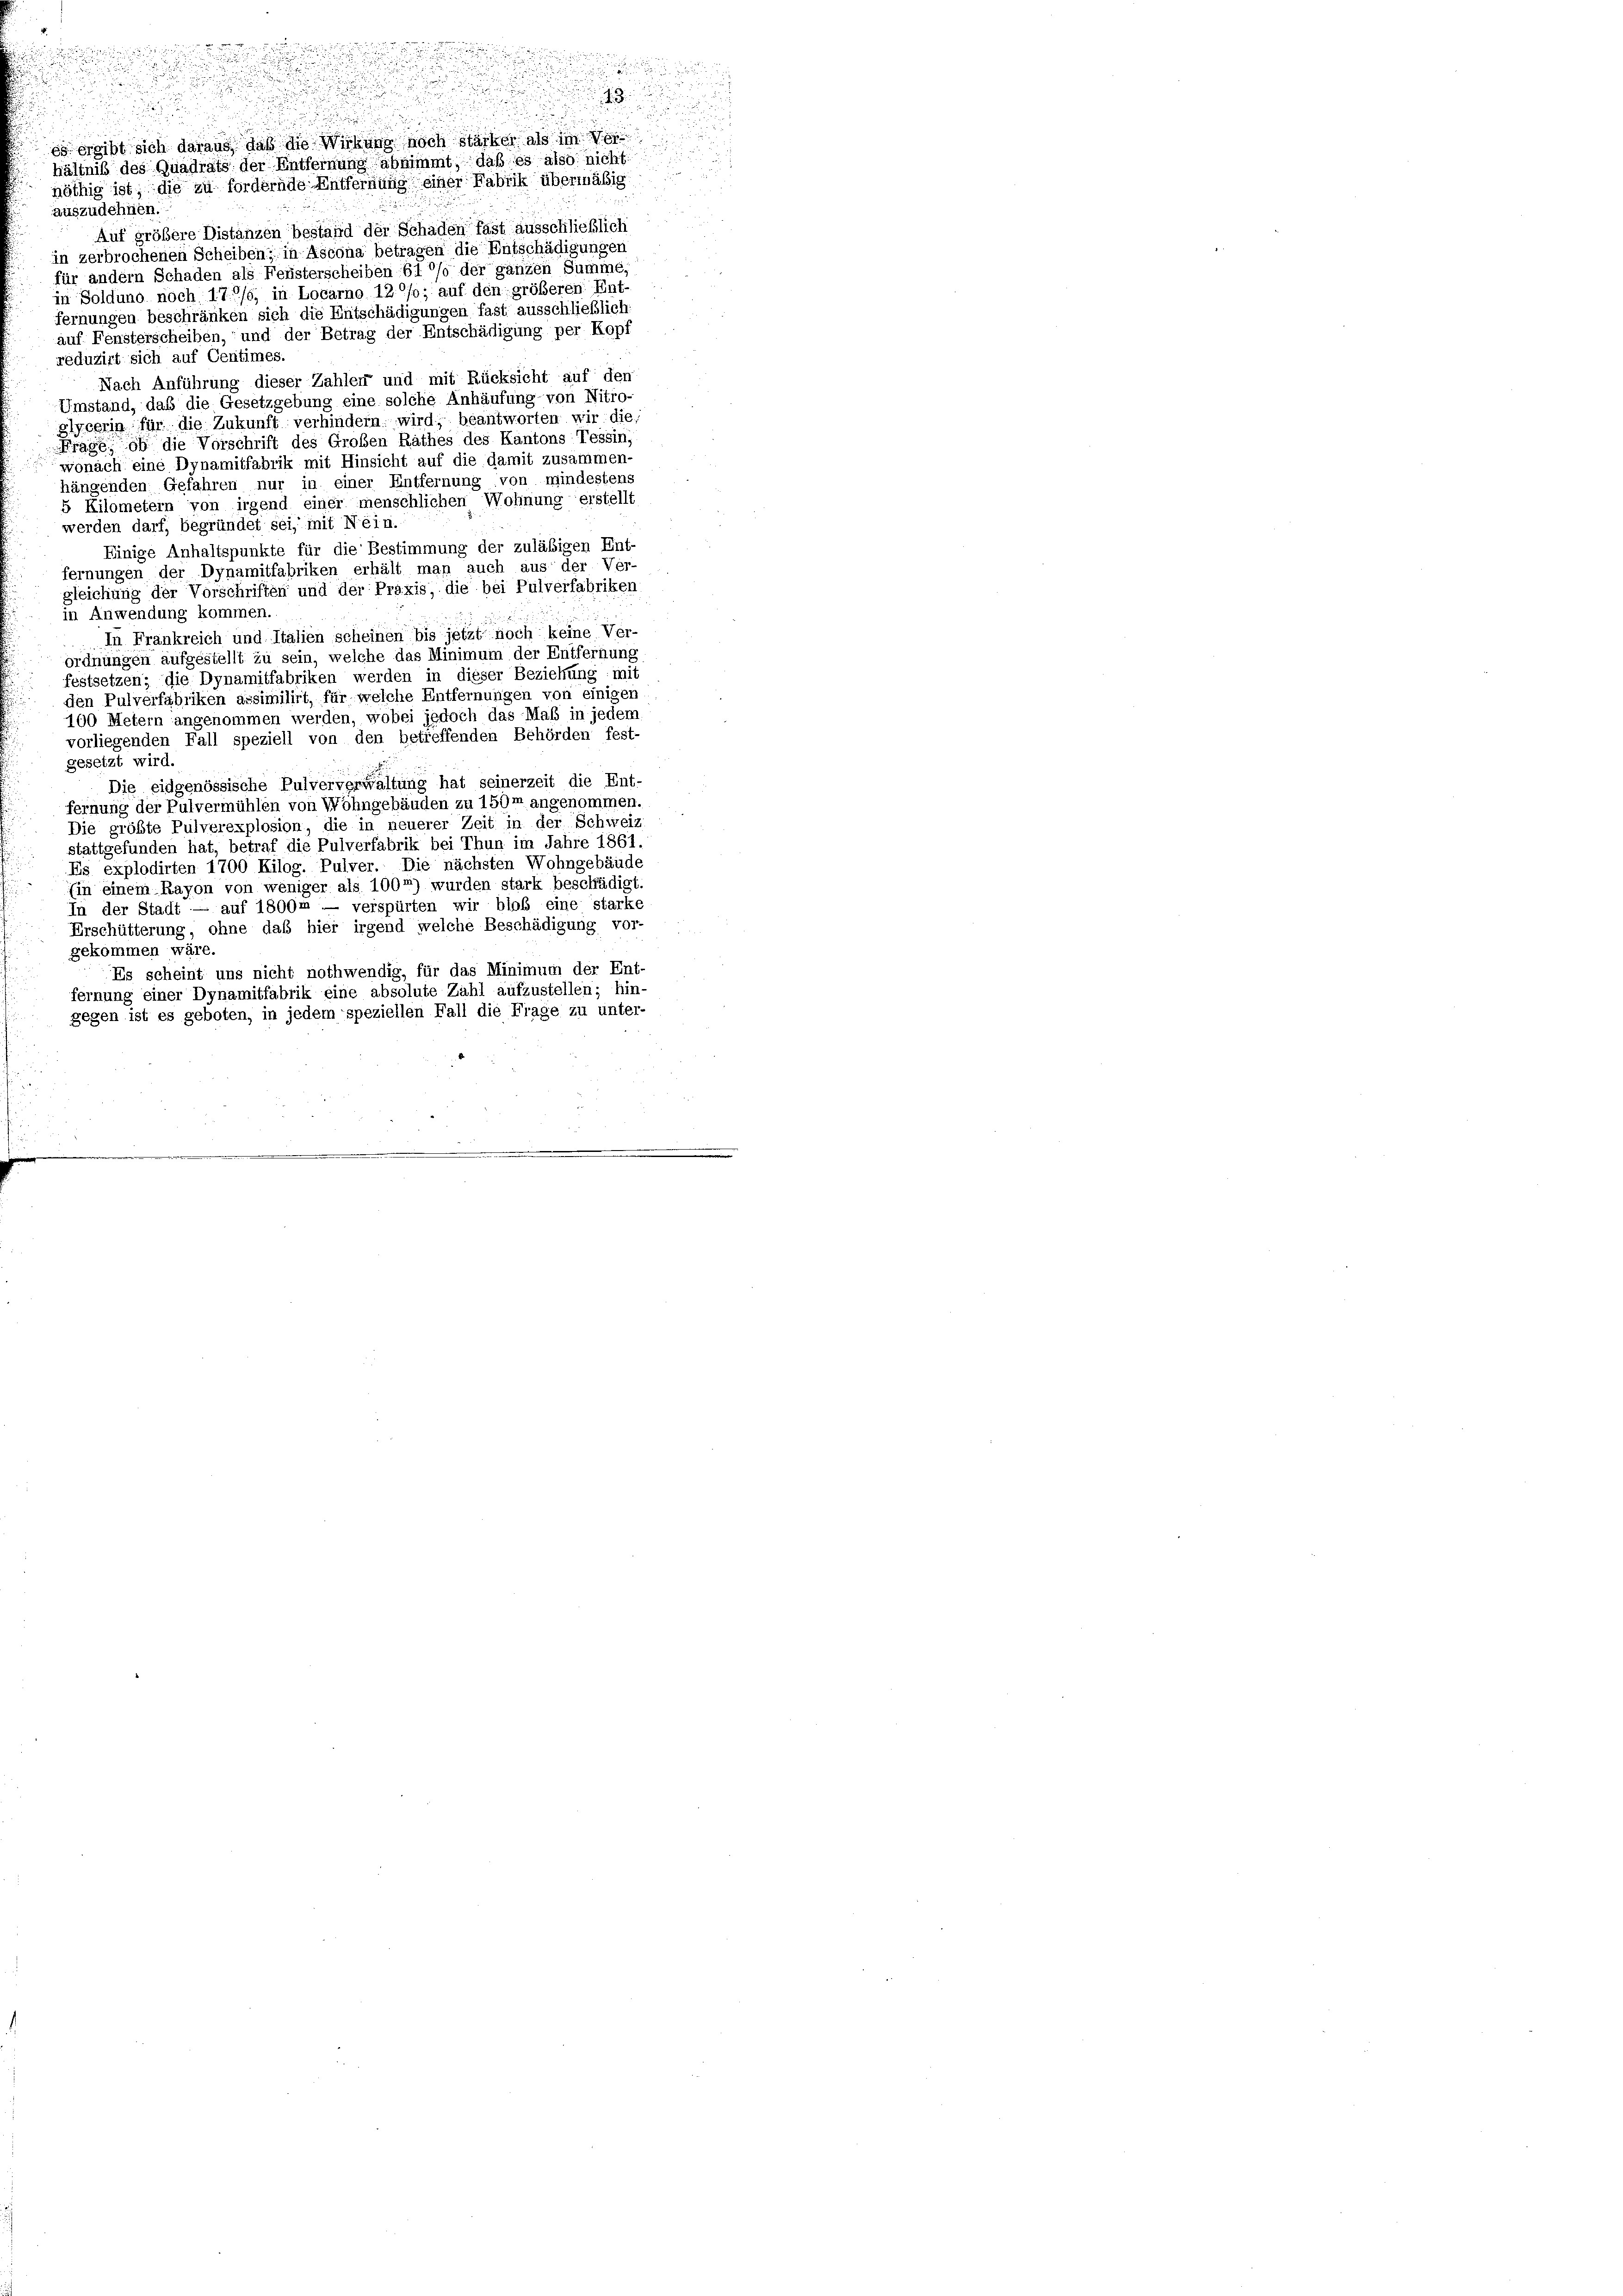
es ergibt sich daraus, daß die Wirkung noch stärker als im Ver
hältnis des Quadrats der Entfernung abnimmt, daß es also nicht
nöthig ist, die zu fordernde Entfernung einer Fabrik übermäßig
auszudehnen.
Auf größere Distanzen bestand der Schaden fast ausschließlich
in zerbrochenen Scheiben; in Ascona betragen die Entschädigungen
für andern Schaden als Fensterscheiben-B10% der ganzen Summe,
in Solduno noch 17./6, in Locarno 12/0; auf den größeren Ent-
fernungen beschränken sich die Entschädigungen fast ausschließlich
auf Fensterscheiben, und der Betrag der Entschädigung per Kopf
réduzirt sich auf Centimes.
Nach Anführung dieser Zahlen und mit Rücksicht auf den
Umstand, daß die Gesetzgebung eine solche Anhäufung- von Nitro-
slycerin für die Zukunft verhindern wird, beantworten wir die,
Frage, ob die Vorschrift des Großen Rathes des Kantons Tessin,
wonach eine Dynamitfabrik mit Hinsicht auf die damit zusammen-
hängenden Gefahren nur in einer Entfernung von mindestens
5 Kilometern von irgend einer menschlichen Wohnung erstellt
werden darf, begründet sei, mit Nein.
Einige Anhaltspunkte für die Bestimmung der zuläßigen Ent-
fernungen der Dynamitfabriken erhält man auch aus der Ver-
gleichung der Vorschriften und der Praxis, die bei Pulverfabriken
in Anwendung kommen.
In Frankreich und Italien scheinen bis jetzt noch keine Ver-
ordnungen aufgestellt zu sein, welche das Minimum der Entfernung
festsetzen; die Dynamitfabriken werden in dieser Beziehung mit
den Pulverfabriken assimilirt, für welche Entfernungen von einigen
100 Metern angenommen werden, wobei jedoch das Maß in jedem
vorliegenden Fall speziell von den betreffenden Behörden fest-
gesetzt wird.
Die eidgenössische Pulververwaltung hat seinerzeit die Ent-
fernung der Pulvermühlen von Wohngebäuden zu 150m angenommen.
Die größte Pulverexplosion, die in neuerer Zeit in der Schweiz
stattgefunden hat, betraf die Pulverfabrik bei Thun im Jahre 1861.
Es explodirten 1700 Kilog. Pulver. Die nächsten Wohngebäude
Ein einem Rayon von weniger als 100m) wurden stark beschädigt.
In der Stadt — auf 1800m — verspürten wir bloß eine starke
Erschütterung, ohne daß hier irgend welche Beschädigung vor-
gekommen wäre.
Es scheint uns nicht nothwendig, für das Minimum der Ent-
fernung einer Dynamitfabrik eine absolute Zahl aufzustellen; hin-
gegen ist es geboten, in jedem speziellen Fall die Frage zu unter-

.

.